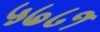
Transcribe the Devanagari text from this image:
५७८१